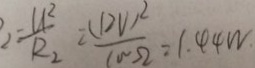
= \frac { H ^ { 2 } } { R _ { 2 } } = \frac { ( 1 2 V ) ^ { 2 } } { 1 0 ^ { \circ } - s 2 } = 1 . 4 4 W